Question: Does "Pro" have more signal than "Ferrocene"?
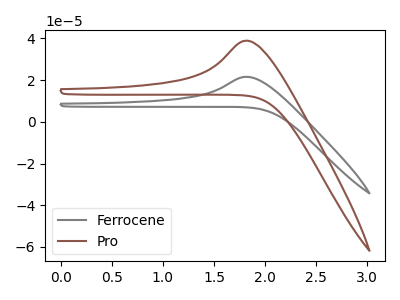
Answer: <think>The gray curve "Ferrocene" has an anodic peak at: (1.80V, 21.60uA). The brown curve "Pro" has an anodic peak at: (1.80V, 38.90uA).
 All the peaks in "Pro" have a peak in "Ferrocene" at the same potential. Every peak in "Pro" is higher than every peak in "Ferrocene".</think>
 <answer>"Pro" has more signal than "Ferrocene".</answer>
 <eval>more_signal</eval>